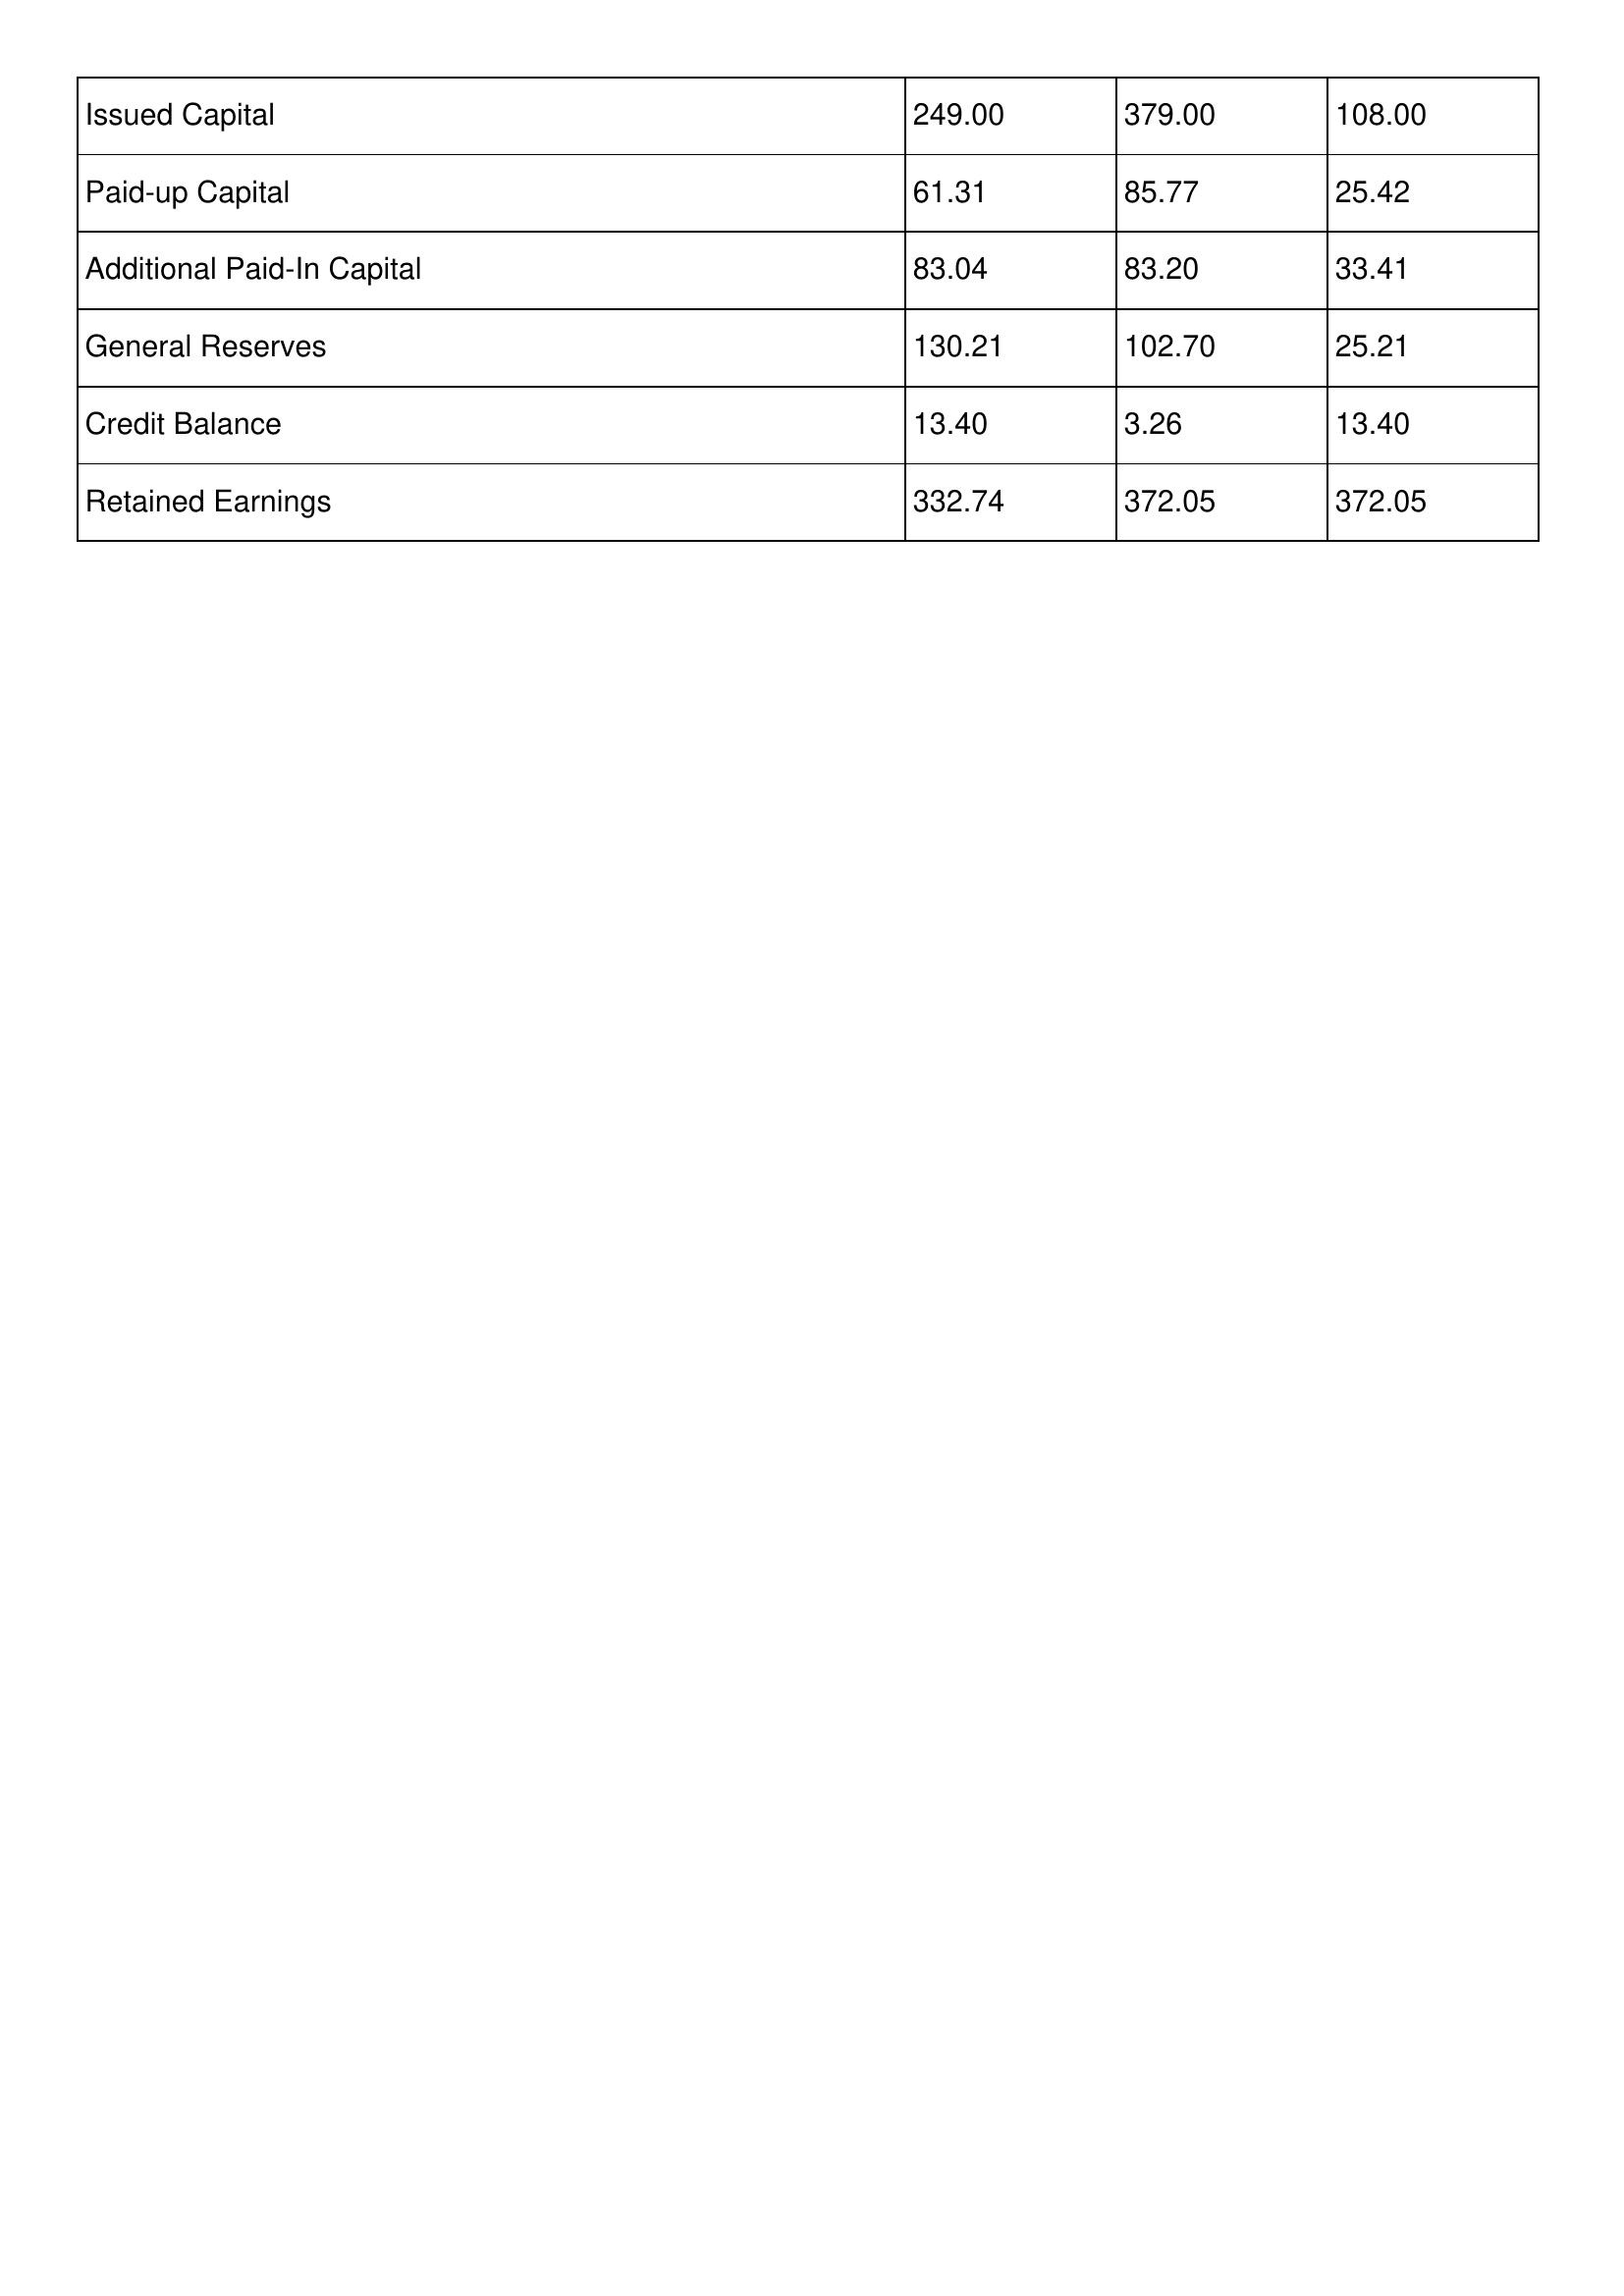
gt_parse: 2019: Issued Capital: 249.00
Paid-up Capital: 61.31
Additional Paid-In Capital: 83.04
General Reserves: 130.21
Credit Balance: 13.40
Retained Earnings: 332.74
2018: Issued Capital: 379.00
Paid-up Capital: 85.77
Additional Paid-In Capital: 83.20
General Reserves: 102.70
Credit Balance: 3.26
Retained Earnings: 372.05
2017: Issued Capital: 108.00
Paid-up Capital: 25.42
Additional Paid-In Capital: 33.41
General Reserves: 25.21
Credit Balance: 13.40
Retained Earnings: 372.05